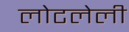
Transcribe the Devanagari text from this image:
लोटलेली